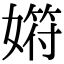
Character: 𡠞